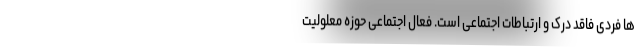
ها فردی فاقد درک و ارتباطات اجتماعی است. فعال اجتماعی حوزه معلولیت